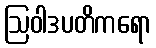
ဩဝါဒပတိကရော